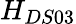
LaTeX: H_{DS03}